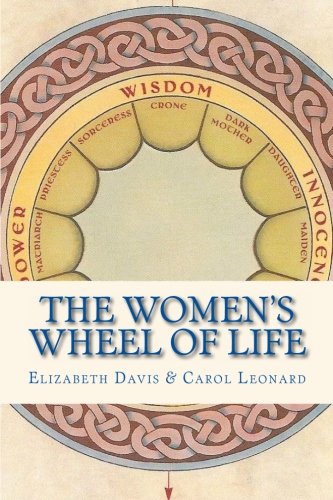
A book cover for The Women's Wheel of Life; Elizabeth Davis; Religion & Spirituality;